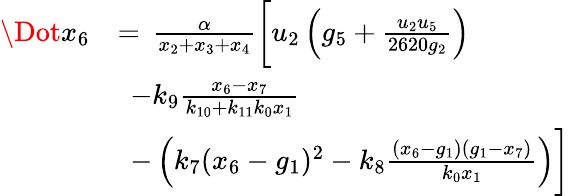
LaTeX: \begin{array}{rl}{\Dot{x}_{6}}&{=\, \frac{\alpha}{x_{2}+x_{3}+x_{4}}\biggl[u_{2}\left(g_{5}+\frac{u_{2}u_{5}}{2620g_{2}}\right)}\\ &{\, \; -k_{9}\frac{x_{6}-x_{7}}{k_{10}+k_{11}k_{0}x_{1}}}\\ &{\, \; -\left(k_{7}(x_{6}-g_{1})^{2}-k_{8}\frac{(x_{6}-g_{1})(g_{1}-x_{7})}{k_{0}x_{1}}\right)\biggr]}\end{array}